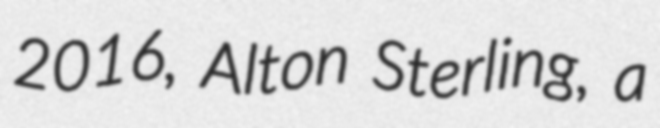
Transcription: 2016, Alton Sterling, a